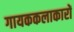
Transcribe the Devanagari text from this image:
गायककलाकारों